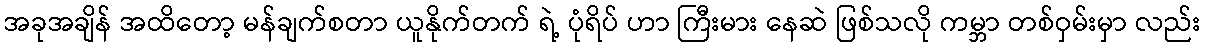
အခုအချိန် အထိတော့ မန်ချက်စတာ ယူနိုက်တက် ရဲ့ ပုံရိပ် ဟာ ကြီးမား နေဆဲ ဖြစ်သလို ကမ္ဘာ တစ်ဝှမ်းမှာ လည်း